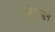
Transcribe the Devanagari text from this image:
ओळ्खून